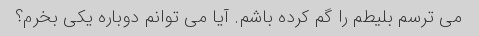
می ترسم بلیطم را گم کرده باشم. آیا می توانم دوباره یکی بخرم؟